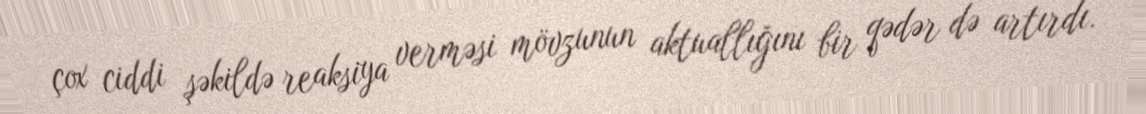
çox ciddi şəkildə reaksiya verməsi mövzunun aktuallığını bir qədər də artırdı.